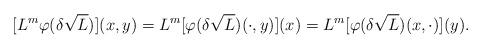
LaTeX: \begin{align*}[L^m\varphi(\delta \sqrt{L})](x, y)= L^m[\varphi(\delta \sqrt{L})(\cdot, y)](x)= L^m[\varphi(\delta \sqrt{L})(x, \cdot)](y).\end{align*}